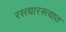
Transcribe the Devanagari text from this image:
रस्त्यारस्त्यात